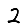
Digit: 2